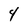
Character: 4